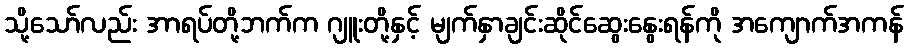
သို့သော်လည်း အာရပ်တို့ဘက်က ဂျူးတို့နှင့် မျက်နှာချင်းဆိုင်ဆွေးနွေးရန်ကို အကျောက်အကန်